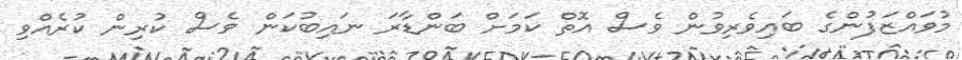
މުވައްޒަފުންގެ ބައިވެރިވުން ވެސް އޮތް ކަމަށް ބަންޑާރަ ނައިބުކަން ވެސް ކުރިން ކުރެއްވި